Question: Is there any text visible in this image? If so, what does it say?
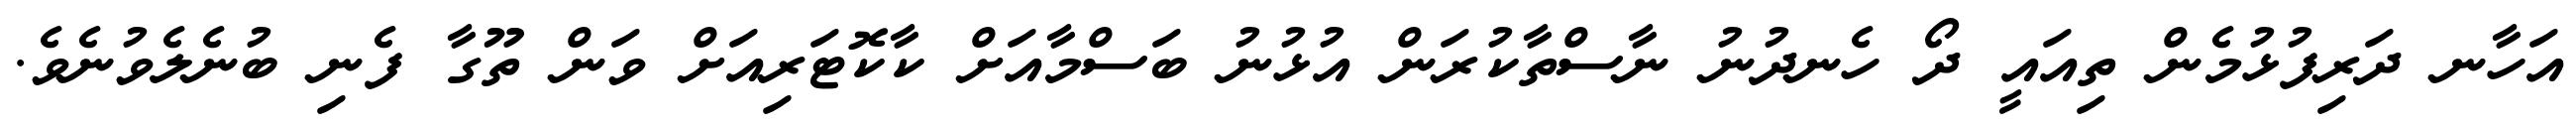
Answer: އަހާނ ދަރިފުޅުމެން ތިއައީ ދޯ ހެނދުނު ނާސްތާކުރަން އުޅުނު ބަސްމާއަށް ކާކޮޓަރިއަށް ވަން ތޫގާ ފެނި ބުނެލެވުނެވެ.